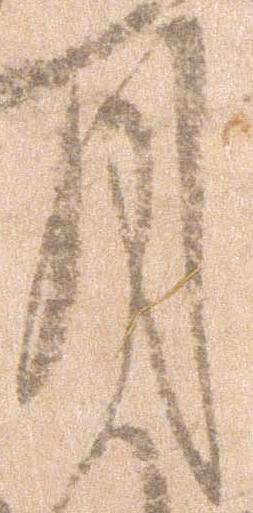
月